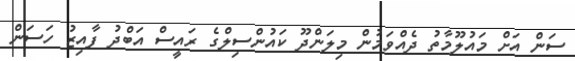
ސަން އަށް މައުލޫމާތު ދެއްވަމުން މިލަންދޫ ކައުންސިލްގެ ރައީސް އަބްދު ފާއިޒު ހަސަން